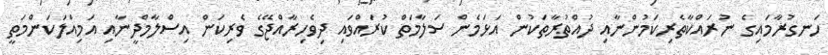
ހަނގުރާމައިގެ ނުރައްކާތެރިކަމުންނާއި ދުއްތުރާތަކުން އަޅަމެން ސަލާމަތް ކުރައްވައި ދިވެހިރާއްޖޭގެ ވެރިކަން އިސްލާމްދީނާއި އަމިއްލަކަންމަތީ